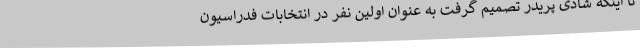
تا اینکه شادی پریدر تصمیم گرفت به عنوان اولین نفر در انتخابات فدراسیون